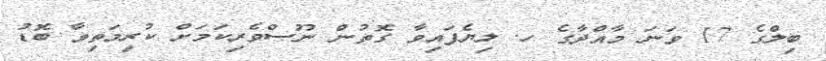
ބިލްގެ 17 ވަނަ މާއްދާގެ ހ. ލިޔެފައިވާ ގޮތުން ނޫސްވެރިކަމަށް ކުރިމަތިވާ ބޮޑު